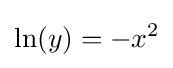
\ln(y)=-x^{2}